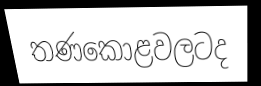
තණකොළවලටද